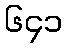
၆၄၁